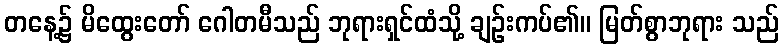
တနေ့၌ မိထွေးတော် ဂေါတမီသည် ဘုရားရှင်ထံသို့ ချဉ်းကပ်၏။ မြတ်စွာဘုရား သည်